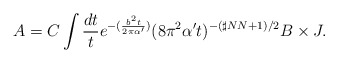
\begin{align*}A=C\int \frac{dt}{t} e^{-(\frac{b^2 t}{2\pi \alpha'})} (8\pi^2 \alpha' t)^{-(\sharp NN +1)/2} B \times J.\end{align*}